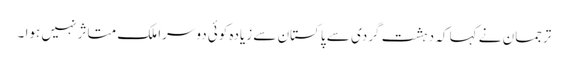
ترجمان نے کہا کہ دہشت گردی سے پاکستان سے زیادہ کوئی دوسرا ملک متاثر نہیں ہوا ۔